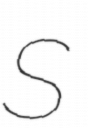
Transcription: S